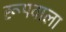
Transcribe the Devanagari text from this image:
रूपवाला